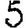
Digit: 5